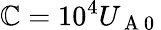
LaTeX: \mathbb{C}=10^{4}U_{\mathrm{~A~0~}}